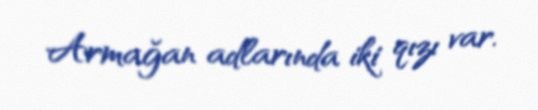
Armağan adlarında iki qızı var.